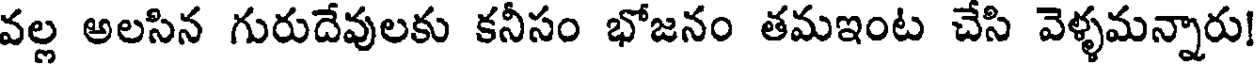
వల్ల అలసిన గురుదేవులకు కనీసం భోజనం తమఇంట చేసి వెళ్ళమన్నారు